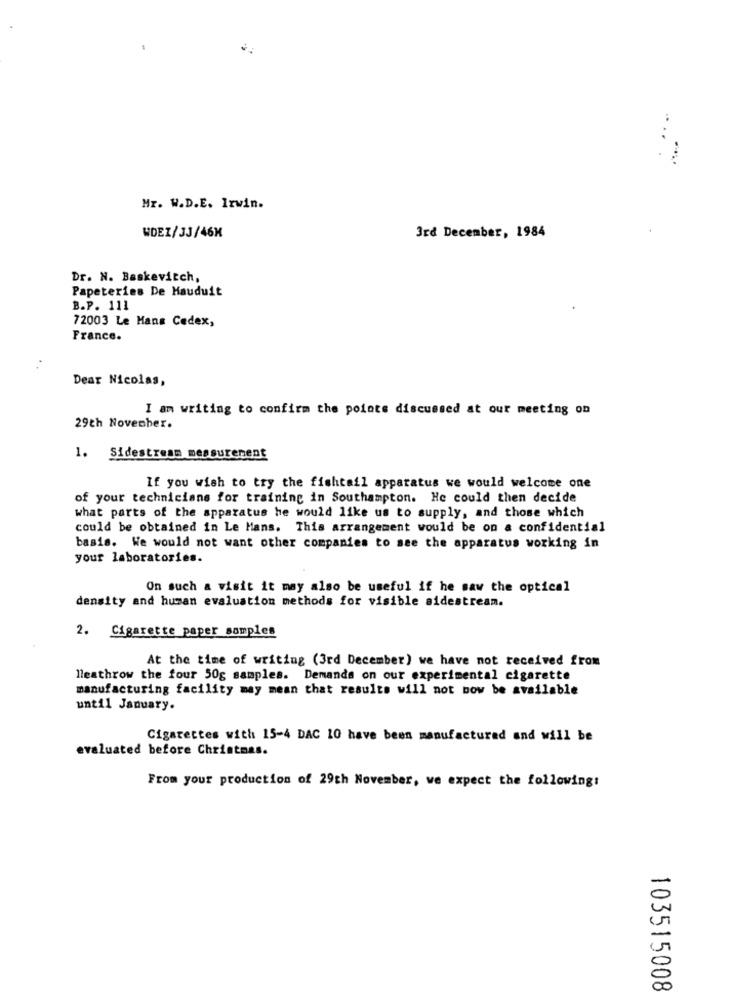
Mr. W.D.E. Irwin.
WDEI/33/46K
3rd December, 1984
Dr. N. Baskevitch,
Papeteries De Mauduit
B.P. 111
72003 Le Mans Cedex,
France.
..
Dear Nicolas,
I am writing to confirm the points discussed at our meeting on
29th November.
1. Sidestream measurement
If you wish to try the fishtail apparatus we would welcome one
of your technicians for training in Southampton. He could then decide
what parts of the apparatus he would like us to supply, and those which
could be obtained in Le Mans. This arrangement would be on a confidential
basis. We would not want other companies to see the apparatus working in
your laboratories.
On such a visit it may also be useful if he saw the optical
density and human evaluation methods for visible sidestream.
2. Cigarette paper samples
At the time of writing (3rd December) we have not received from
heathrow the four 50g samples. Demands on our experimental cigarette
manufacturing facility may mean that results will not now be available
until January.
Cigarettes with 15-4 DAC 10 have been manufactured and will be
evaluated before Christmas.
From your production of 29th November, we expect the following!
103515008